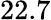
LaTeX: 22.7